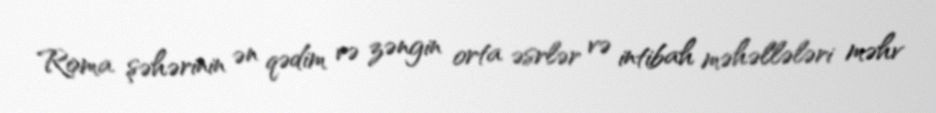
Roma şəhərinin ən qədim və zəngin orta əsrlər və intibah məhəllələri məhv